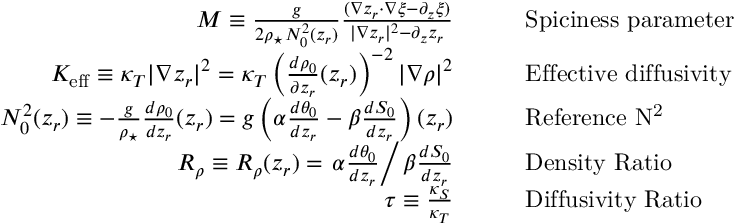
\begin{array} { r l } { { \cal M } \equiv \frac { g } { 2 \rho _ { \star } N _ { 0 } ^ { 2 } ( z _ { r } ) } \frac { ( \nabla z _ { r } \cdot \nabla \xi - \partial _ { z } \xi ) } { | \nabla z _ { r } | ^ { 2 } - \partial _ { z } z _ { r } } \qquad } & { \mathrm { S p i c i n e s s \, \, p a r a m e t e r } } \\ { K _ { \mathrm { e f f } } \equiv \kappa _ { T } | \nabla z _ { r } | ^ { 2 } = \kappa _ { T } \left( \frac { d \rho _ { 0 } } { \partial z _ { r } } ( z _ { r } ) \right) ^ { - 2 } | \nabla \rho | ^ { 2 } \qquad } & { \mathrm { E f f e c t i v e \, \, d i f f u s i v i t y } } \\ { N _ { 0 } ^ { 2 } ( z _ { r } ) \equiv - \frac { g } { \rho _ { \star } } \frac { d \rho _ { 0 } } { d z _ { r } } ( z _ { r } ) = g \left( \alpha \frac { d \theta _ { 0 } } { d z _ { r } } - \beta \frac { d S _ { 0 } } { d z _ { r } } \right) ( z _ { r } ) \qquad } & { \mathrm { R e f e r e n c e \, \, N ^ { 2 } } } \\ { R _ { \rho } \equiv R _ { \rho } ( z _ { r } ) = \left. \alpha \frac { d \theta _ { 0 } } { d z _ { r } } \right/ \beta \frac { d S _ { 0 } } { d z _ { r } } \qquad } & { \mathrm { D e n s i t y \, \, R a t i o } } \\ { \tau \equiv \frac { \kappa _ { S } } { \kappa _ { T } } \qquad } & { \mathrm { D i f f u s i v i t y \, \, R a t i o } } \end{array}